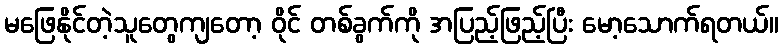
မဖြေနိုင်တဲ့သူတွေကျတော့ ဝိုင် တစ်ခွက်ကို အပြည့်ဖြည့်ပြီး မော့သောက်ရတယ်။